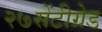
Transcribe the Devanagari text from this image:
२७सेंटीग्रेड